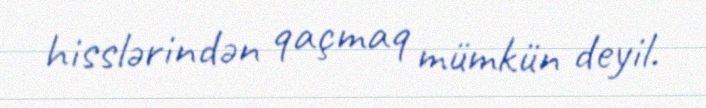
hisslərindən qaçmaq mümkün deyil.